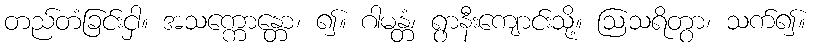
တည်တံခြင်းငှါ။ အသက္ကောန္တော၊ ၍။ ဂါမန္တံ၊ ရွာနီးကျောင်းသို့။ ဩသရိတွာ၊ သက်၍။